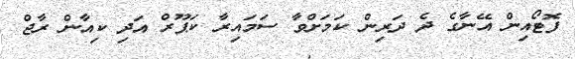
ފޮޓޯއިން އޭނާގެ ދެ ދަރިން ކަމަށްވާ ސަމައިރާ ކަޕޫރް އަދި ކިއާން ރާޖް